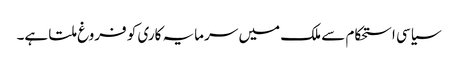
سیاسی استحکام سے ملک میں سرمایہ کاری کو فروغ ملتا ہے۔